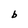
Character: b